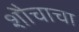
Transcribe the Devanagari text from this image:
शौचाचा